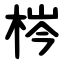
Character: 梣